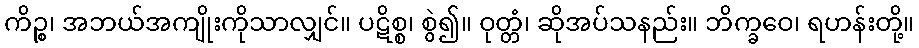
ကိဉ္စ၊ အဘယ်အကျိုးကိုသာလျှင်။ ပဋိစ္စ၊ စွဲ၍။ ဝုတ္တံ၊ ဆိုအပ်သနည်း။ ဘိက္ခဝေ၊ ရဟန်းတို့။